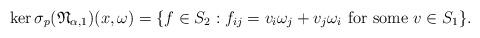
LaTeX: \begin{align*} \ker \sigma_p(\mathfrak{N}_{\alpha, 1})(x, \omega)= \{f\in S_2: f_{ij}=v_i\omega_j+ v_j\omega_i \,\, \mbox{for some}\,\, v\in S_1\}.\end{align*}